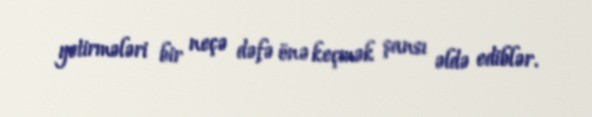
yetirmələri bir neçə dəfə önə keçmək şansı əldə ediblər.